Annual report of the Punjab Veterinary College and of the Civil Veterinary Department, Punjab - 1894-1908
Year: 1894
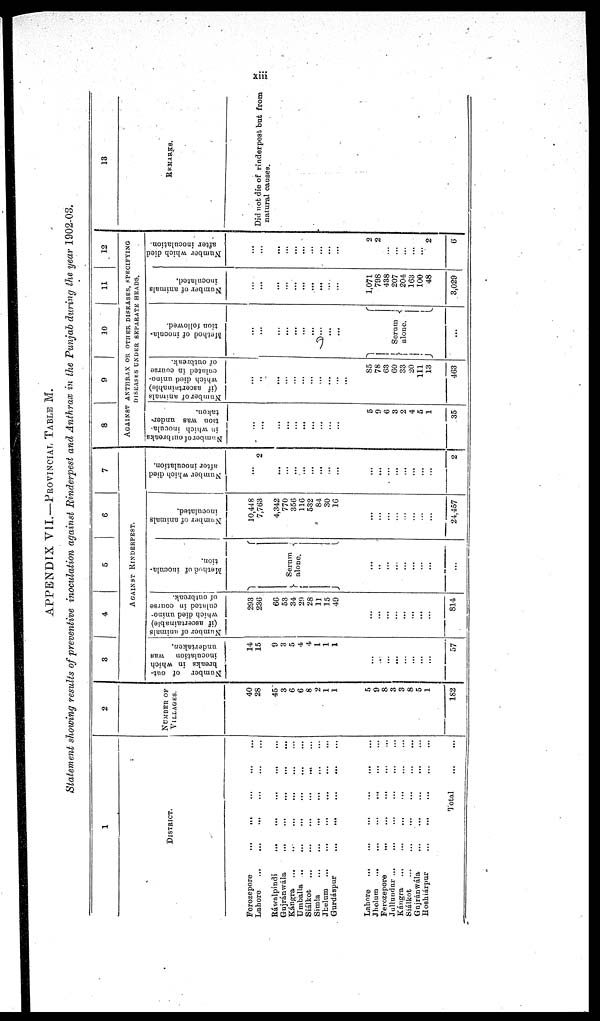
xiii
APPENDIX VII.—PROVINCIAL TABLE M.
Statement showing results of preventive inoculation against Rinderpest and Anthrax in the Punjab durinq the year 1902-03.
1
DISTRICT.
Ferozepore
...
...
Lahore
...
...
...
Ráwalpindi
...
...
...
...
Gujránwála
... … … … … …
Kángra … … … … …
Umballa … … … … …
Siálkot
…
…
…
…
…
Simla
…
…
…
…
…
Jhelum … … … … …
Gurdáspur
...
…
…
…
…
Lahore … … … … …
Jhelum
...
...
...
...
Ferozepore … … … … … …
Jullundur … … … … …
Kángra … … … … …
Siálkot … … … … …
Gujránwála … … … …
Hoshiárpur … … … … … …
Total
2
NUMBER OF
VILLAGES.
40
28
45
3
6
6
8
2
1
1
5
9
8
3
3
8
5
1
182
3
4
5
6
7
AGAINST RINDERPEST.
Number
of out-
breaks in which
inoculation
was
undertaken.
14
15
9
3
5
4
4
1
1
1
…
…
…
...
…
…
…
…
57
Number of animals
(if ascertainable)
which died unino-
eulated
in course
of outbreak.
293
236
66
53
34
29
28
11
15
49
…
…
…
…
…
…
…
…
81.4
Method of inocula-
tion.
Serum
alone.
…
…
…
…
…
…
…
…
…
Number
of animals
inoculated.
10,418
7,763
4,342
770
350
116
532
81
30
16
…
…
…
…
…
…
…
…
24,157
Number which died
after inoculation.
…
2
…
…
...
...
…
...
…
...
…
…
…
…
…
…
…
…
2
8
9
10
11 12
AGAINST ANTHRAX OR OTHER DISEASES SPECIFYING
DISEASES UNDER SEPARATE HEADS.
Number
of outbreaks
in which inocula-
tion was under-
taken.
…
…
…
…
…
…
…
…
…
…
5
9
6
3
2
4
5
1
35
Number
of animals
(if ascertainable)
which died unino-
culuted
in course
of outbreak.
…
…
...
…
…
…
…
…
…
...
85
78
63
60
33
20
111
13
463
Method of inocula-
tion followed.
…
…
…
…
...
…
…
…
Serum
alone.
...
Number of animals
inoculated.
…
…
...
...
…
...
…
…
…
…
1,071
798
438
207
204
163
100
48
3,029
Number which died
after inoculation.
…
…
…
…
…
…
…
…
…
…
2
2
...
...
...
...
...
2
6
13
REMARKS.
Did not die of rinderpest but from
natural causes.